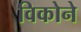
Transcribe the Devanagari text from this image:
विकोने